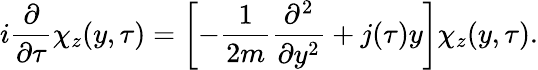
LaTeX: i\frac{\partial}{\partial\tau}\chi_{z}(y,\tau)=\left[-\frac{1}{2m}\frac{\partial^{2}}{\partial y^{2}}+j(\tau)y\right]\chi_{z}(y,\tau).